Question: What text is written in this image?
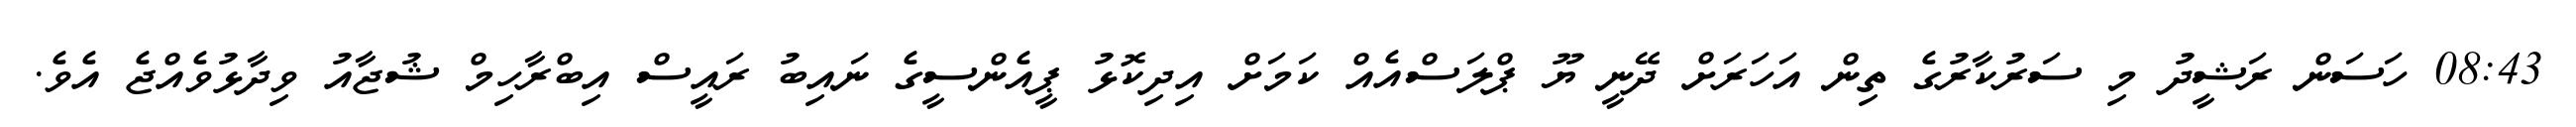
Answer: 08:43 ހަސަން ރަޝީދު މި ސަރުކާރުގެ ތިން އަހަރަށް ދޭނީ ޔޫ ޕްލަސްއެއް ކަމަށް އިދިކޮޅު ޕީއެންސީގެ ނައިބު ރައީސް އިބްރާހިމް ޝުޖާއު ވިދާޅުވެއްޖެ އެވެ.